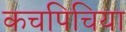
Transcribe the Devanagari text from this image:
कचपिचिया